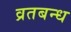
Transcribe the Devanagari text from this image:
व्रतबन्ध